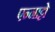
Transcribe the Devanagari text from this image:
एन्नाट्टो